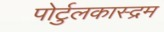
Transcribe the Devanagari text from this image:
पोर्टुलकास्द्रम